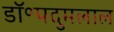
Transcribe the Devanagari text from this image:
डॉ॰पदुमलाल